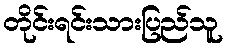
တိုင်းရင်းသားပြည်သူ